Scientific memoirs by medical officers of the Army of India - Part IX,
Year: 1895
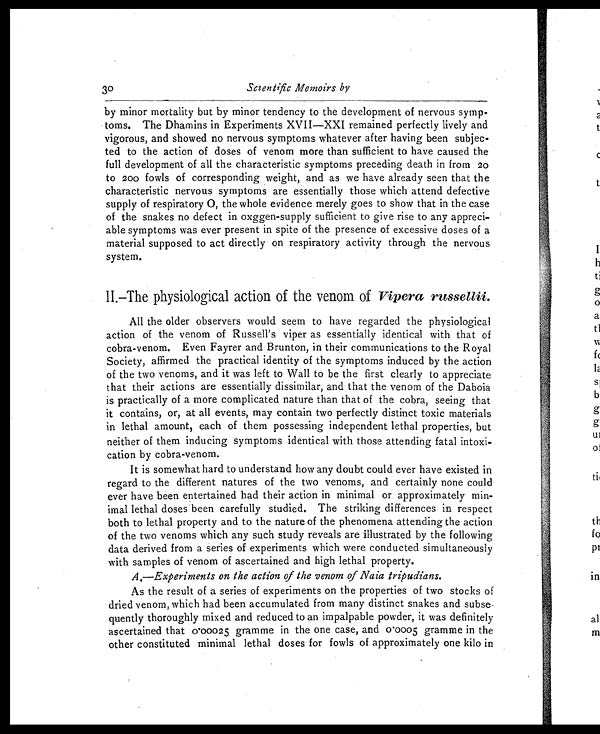
30
Scientific Memoirs by
by minor mortality but by minor tendency to the development of nervous symp-
toms. The Dhamins in Experiments XVII—XXI remained perfectly lively and
vigorous, and showed no nervous symptoms whatever after having been subjec-
ted to the action of doses of venom more than sufficient to have caused the
full development of all the characteristic symptoms preceding death in from 20
to 200 fowls of corresponding weight, and as we have already seen that the
characteristic nervous symptoms are essentially those which attend defective
supply of respiratory O, the whole evidence merely goes to show that in the case
of the snakes no defect in oxggen-supply sufficient to give rise to any appreci-
able symptoms was ever present in spite of the presence of excessive doses of a
material supposed to act directly on respiratory activity through the nervous
system.
II. —The physiological action of the venom of Vipera russenii.
All the older observers would seem to have regarded the physiological
action of the venom of Russell's viper as essentially identical with that of
cobra-venom. Even Fayrer and Brunton, in their communications to the Royal
Society, affirmed the practical identity of the symptoms induced by the action
of the two venoms, and it was left to Wall to be the first clearly to appreciate
that their actions are essentially dissimilar, and that the venom of the Daboia
is practically of a more complicated nature than that of the cobra, seeing that
it contains, or, at all events, may contain two perfectly distinct toxic materials
in lethal amount, each of them possessing independent lethal properties, but
neither of them inducing symptoms identical with those attending fatal intoxi-
cation by cobra-venom.
It is somewhat hard to understand how any doubt could ever have existed in
regard to the different natures of the two venoms, and certainly none could
ever have been entertained had their action in minimal or approximately min-
imal lethal doses been carefully studied. The striking differences in respect
both to lethal property and to the nature of the phenomena attending the action
of the two venoms which any such study reveals are illustrated by the following
data derived from a series of experiments which were conducted simultaneously
with samples of venom of ascertained and high lethal property.
A.—Experiments on the action of the venom of Naia tripudians.
As the result of a series of experiments on the properties of two stocks of
dried venom, which had been accumulated from many distinct snakes and subse
quently thoroughly mixed and reduced to an impalpable powder, it was definitely
ascertained that 0.00025 gramme in the one case, and 0.0005 gramme in the
other constituted minimal lethal doses for fowls of approximately one kilo in